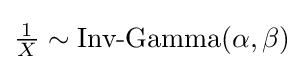
{\tfrac {1}{X}}\sim {\mbox{Inv-Gamma}}(\alpha ,\beta )